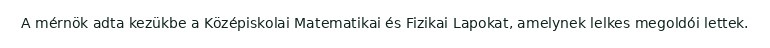
A mérnök adta kezükbe a Középiskolai Matematikai és Fizikai Lapokat, amelynek lelkes megoldói lettek.